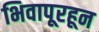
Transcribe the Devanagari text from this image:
भिवापूरहून